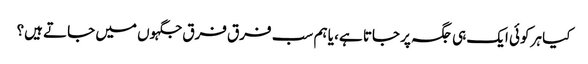
کیا ہر کوئی ایک ہی جگہ پر جاتا ہے، یا ہم سب فرق فرق جگہوں میں جاتے ہیں؟